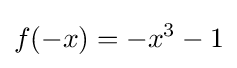
f(-x)=-x^{3}-1